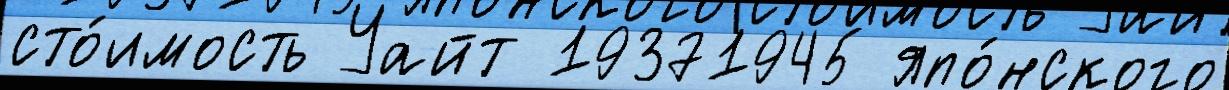
сто́имость Уайт 19371945 япо́нского